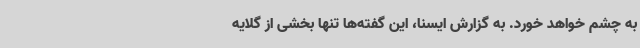
به چشم خواهد خورد. به گزارش ایسنا، این گفته‌ها تنها بخشی از گلایه